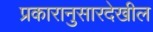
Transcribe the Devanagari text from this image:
प्रकारानुसारदेखील